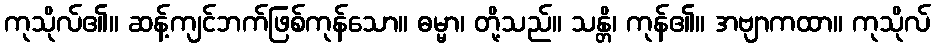
ကုသိုလ်၏။ ဆန့်ကျင်ဘက်ဖြစ်ကုန်သော။ ဓမ္မာ၊ တို့သည်။ သန္တိ၊ ကုန်၏။ အဗျာကထာ။ ကုသိုလ်